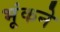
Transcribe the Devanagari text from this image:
भूंकने